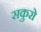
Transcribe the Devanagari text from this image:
सकुरो